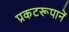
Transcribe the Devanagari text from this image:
प्रकटरूपानें